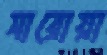
সারোয়া